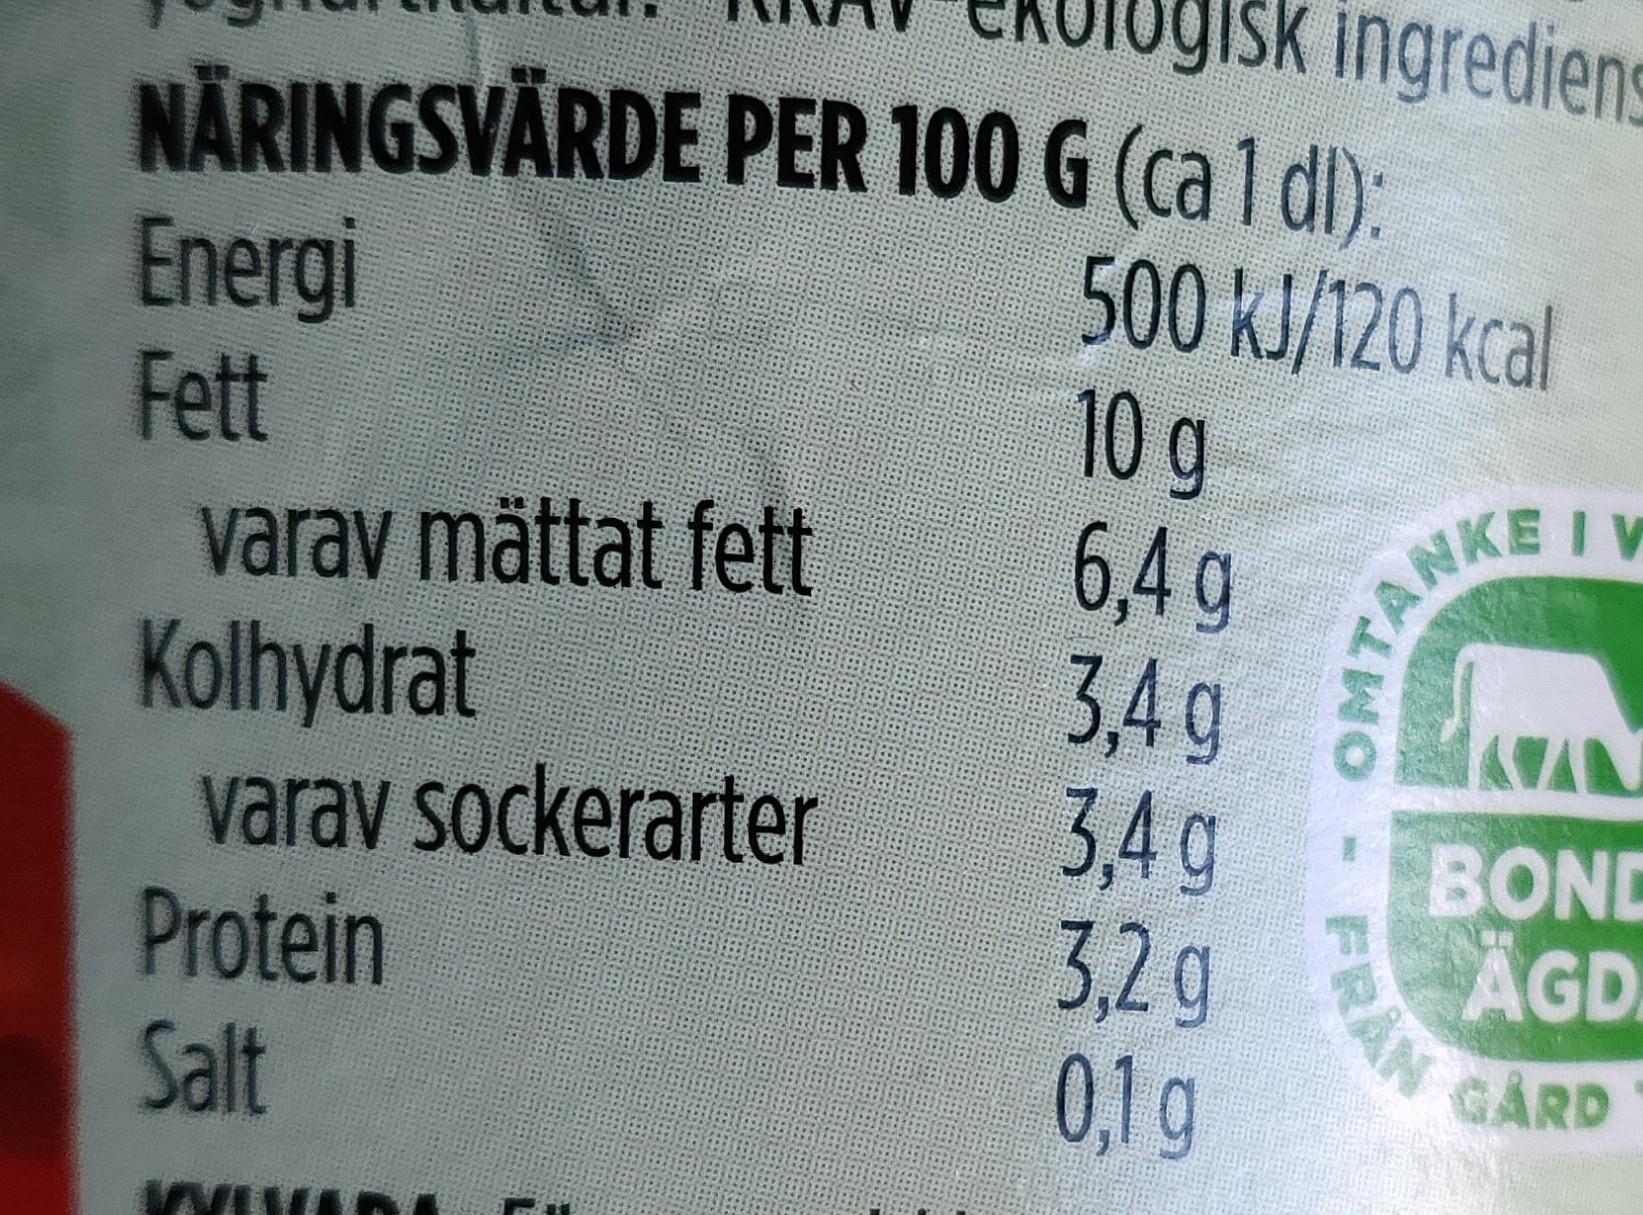
gisk ingrediens
NÄRINGSVÄRDE PER 100 G (ca 1 dl):
Energi Fett
500KJ/120 kcal 10g 6,4g
ANKEIV 3,4g 3,4 g 3,2g 0,1g
I V
varav mättat fett Kolhydrat varav sockerarter Protein Salt
BOND ÄGD.
GARD
OMT
FRAN